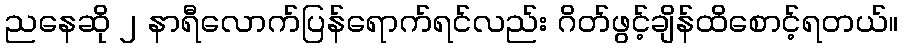
ညနေဆို ၂ နာရီလောက်ပြန်ရောက်ရင်လည်း ဂိတ်ဖွင့်ချိန်ထိစောင့်ရတယ်။